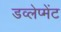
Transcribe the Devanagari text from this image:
डव्लेप्मेंट